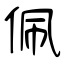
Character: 佩